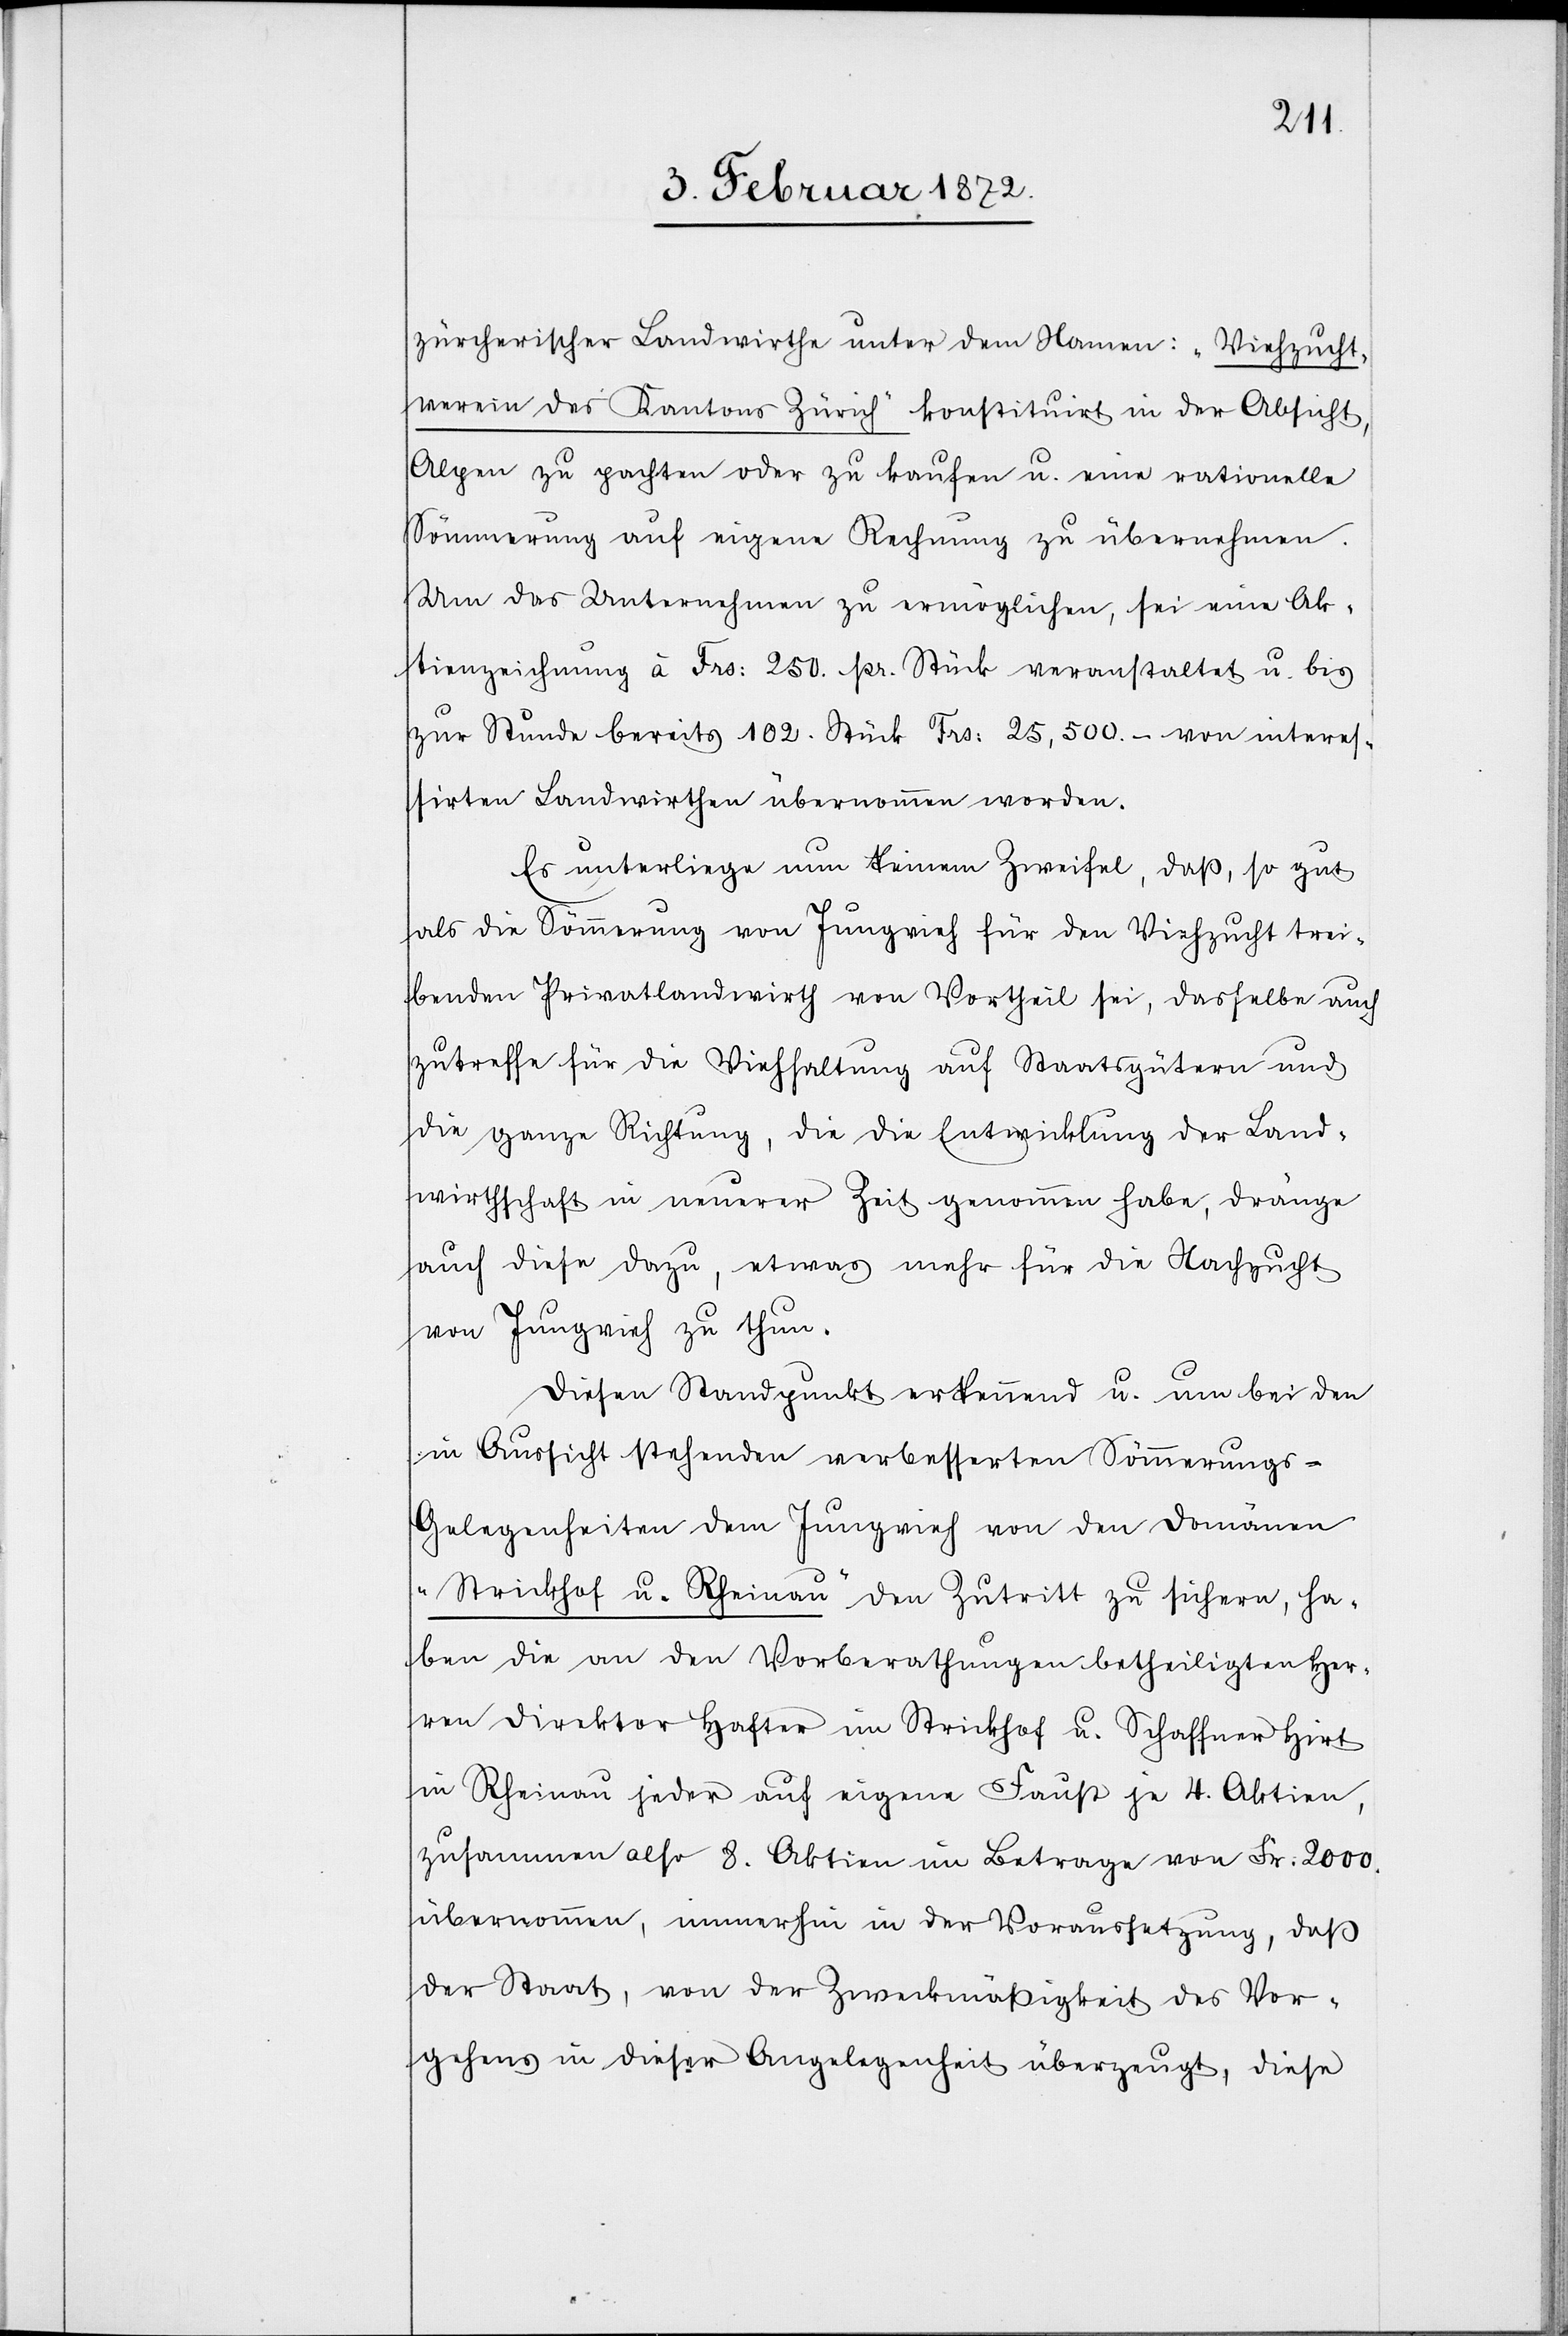
zürcherischer Landwirthe unter dem Namen: „Viehzucht¬
verein des Kantons Zürich“ konstituirt in der Absicht,
Alpen zu pachten oder zu kaufen u. eine rationelle
Sömmerung auf eigene Rechnung zu übernehmen.
Um das Unternehmen zu ermöglichen, sei eine Ak¬
tienzeichnung à Frs. 250. pr. Stück veranstaltet u. bis
zur Stunde bereits 102. Stück Frs. 25,500.- von interes¬
sirten Landwirthen übernommen worden.
Es unterliege nun keinem Zweifel, daß, so gut
als die Sömmerung von Jungvieh für den Viehzucht trei¬
benden Privatlandwirth von Vortheil sei, dasselbe auch
zutreffe für die Viehhaltung auf Staatsgütern und
die ganze Richtung, die die Entwicklung der Land¬
wirthschaft in neuerer Zeit genommen habe, dränge
auch diese dazu, etwas mehr für die Nachzucht
von Jungvieh zu thun.
Diesen Standpunkt erkennend u. um bei den
in Aussicht stehenden verbesserten Sömmerungs-G¬
elegenheiten dem Jungvieh von den Domänen
„Strickhof u. Rheinau“ den Zutritt zu sichern, ha¬
ben die an den Vorberathungen betheiligten Her¬
ren Direktor Hafter im Strickhof u. Schaffner Hirt
in Rheinau jeder auf eigene Faust je 4. Aktien,
zusammen also 8. Aktien im Betrage von Fr. 2000.
übernommen, immerhin in der Voraussetzung, daß
der Staat, von der Zweckmäßigkeit des Vor¬
gehens in dieser Angelegenheit überzeugt, diese